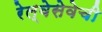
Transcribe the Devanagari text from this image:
रेल्वेसेवेची